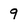
Character: 9